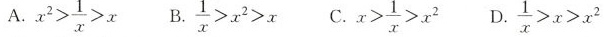
A. $$x ^ { 2 }> \frac { 1 } { x }> x$$ B. $$\frac{ 1 } { x } > x ^ { 2 } > x$$ C. $$x > \frac { 1 } { x } > x ^ { 2 } $$ D.$$\frac{ 1 }{ x } > x > x ^ { 2 }$$